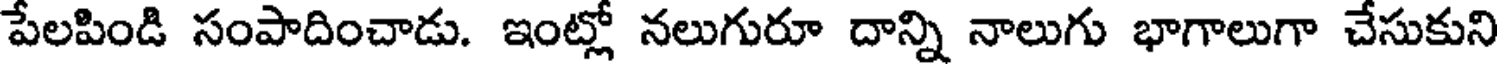
పేలపిండి సంపాదించాడు. ఇంట్లో నలుగురూ దాన్ని నాలుగు భాగాలుగా చేసుకుని